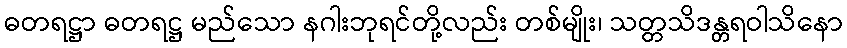
ဓတရဋ္ဌာ ဓတရဋ္ဌ မည်သော နဂါးဘုရင်တို့လည်း တစ်မျိုး၊ သတ္တသိဒန္တရဝါသိနော